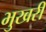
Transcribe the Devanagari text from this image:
भुखरी